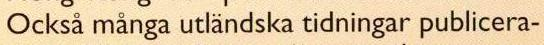
Också många utlandska tidningar publicera-